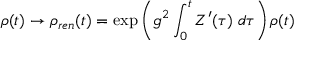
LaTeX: \rho ( t ) \rightarrow \rho _ { r e n } ( t ) = \exp \left( g ^ { 2 } \int _ { 0 } ^ { t } Z ^ { \prime } ( \tau ) \; d \tau \right) \rho ( t )